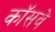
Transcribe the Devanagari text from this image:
कॉसवे